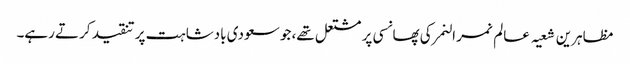
مظاہرین شعیہ عالم نمر النمر کی پھانسی پر مشتعل تھے، جو سعودی بادشاہت پر تنقید کرتے رہے۔